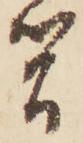
簡